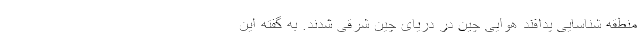
منطقه شناسایی پدافند هوایی چین در دریای چین شرقی شدند. به گفته این